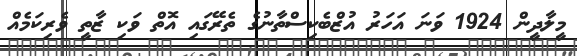
މީލާދީން 1924 ވަނަ އަހަރު އުޒްބެކިސްތާނުގެ ތެރޭގައި އޮތް ވަކި ޒާތީ ވެރިކަމެއް